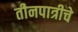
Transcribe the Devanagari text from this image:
तीनपात्रीचे